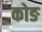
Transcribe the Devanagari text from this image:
कोङ